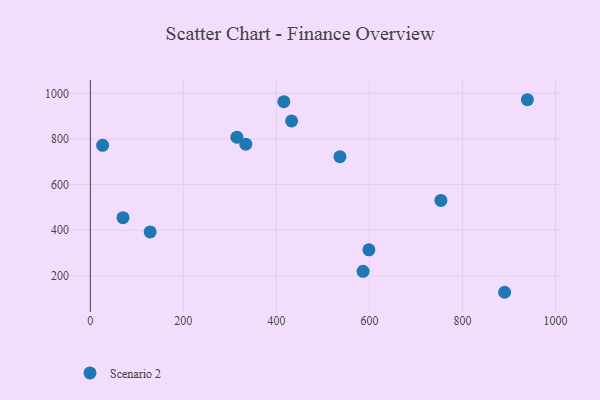
{"axis": {"x": "Study Hours", "y": "Demand"}, "legend": ["Scenario 2"], "data": [{"x": "753.7", "y": 530.6, "type": "Scenario 2"}, {"x": "128.6", "y": 392.5, "type": "Scenario 2"}, {"x": "334.2", "y": 777.0, "type": "Scenario 2"}, {"x": "536.6", "y": 722.4, "type": "Scenario 2"}, {"x": "315.0", "y": 807.9, "type": "Scenario 2"}, {"x": "586.3", "y": 219.5, "type": "Scenario 2"}, {"x": "26.4", "y": 772.2, "type": "Scenario 2"}, {"x": "890.7", "y": 127.7, "type": "Scenario 2"}, {"x": "939.6", "y": 972.1, "type": "Scenario 2"}, {"x": "416.0", "y": 963.4, "type": "Scenario 2"}, {"x": "70.2", "y": 454.9, "type": "Scenario 2"}, {"x": "598.9", "y": 313.8, "type": "Scenario 2"}, {"x": "432.7", "y": 879.1, "type": "Scenario 2"}]}